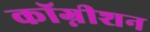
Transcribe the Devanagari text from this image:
कॉग्नीशन